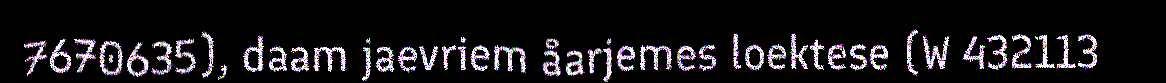
7670635), daam jaevriem åarjemes loektese (W 432113